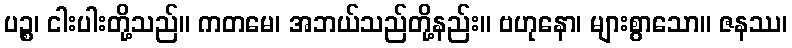
ပဉ္စ၊ ငါးပါးတို့သည်။ ကတမေ၊ အဘယ်သည်တို့နည်း။ ဗဟုနော၊ များစွာသော။ ဇနဿ၊